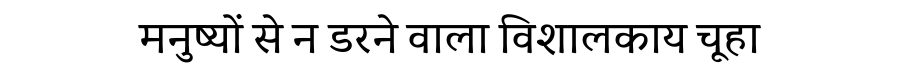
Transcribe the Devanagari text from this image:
मनुष्यों से न डरने वाला विशालकाय चूहा